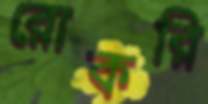
রোকরি